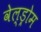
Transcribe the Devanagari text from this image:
वेल्ड्रोम